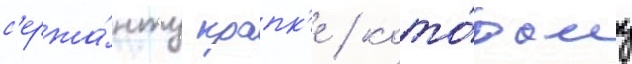
с'ержа́нту крапк'е / кото́рому